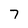
Character: 7